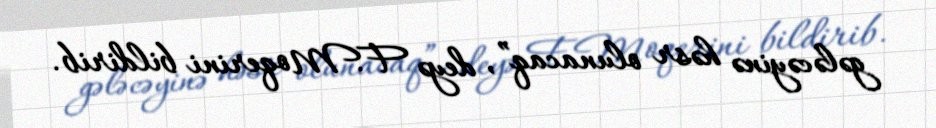
gələcəyinə həsr olunacaq”, deyə F.Moqerini bildirib.